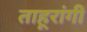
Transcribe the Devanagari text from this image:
ताहूरांगी